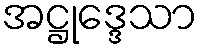
အဋ္ဌုဒ္ဒေသာ